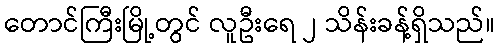
တောင်ကြီးမြို့တွင် လူဦးရေ ၂ သိန်းခန့်ရှိသည်။